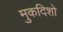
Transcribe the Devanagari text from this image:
मुकदिशो